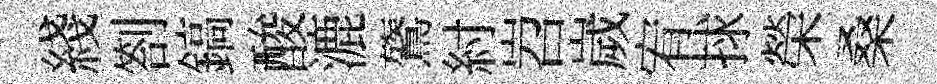
綫劄鎬酸漉鷟紂岧嵗宥捄榮桑